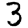
Digit: 3